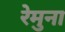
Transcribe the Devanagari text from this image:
रेमुना